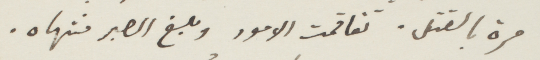
مرة بالقتل. تقاقمت الامور وبلغ الصبر منتهاه.